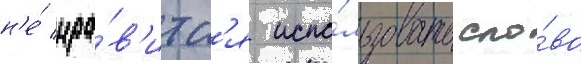
н'е́ нра́в'итс'я испо́льзовать сло́во